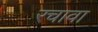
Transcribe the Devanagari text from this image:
रचावा